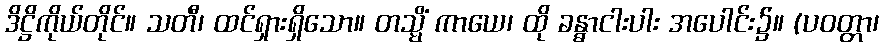
ဒိဋ္ဌိကိုယ်တိုင်။ သတီ၊ ထင်ရှားရှိသော။ တသ္မိံ ကာယေ၊ ထို ခန္ဓာငါးပါး အပေါင်း၌။ (ပဝတ္တာ၊